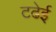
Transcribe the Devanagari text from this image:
टढेई